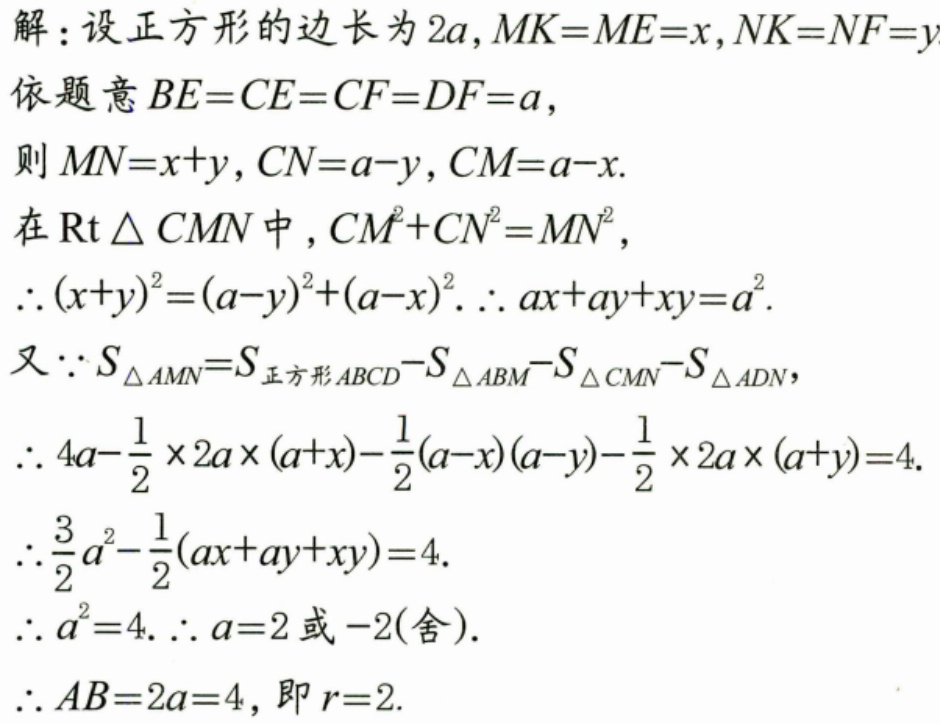
解：设正方形的边长为\(2a\)，\(MK = ME = x\)，\(NK = NF = y\)
依题意\(BE = CE = CF = DF = a\)，
则\(MN=x + y\)，\(CN=a - y\)，\(CM=a - x\).
在\(\text{Rt}\triangle CMN\)中，\(CM^{2}+CN^{2}=MN^{2}\)，
\(\therefore(x + y)^{2}=(a - y)^{2}+(a - x)^{2}\). \(\therefore ax+ay + xy=a^{2}\).
又\(\because S_{\triangle AMN}=S_{正方形ABCD}-S_{\triangle ABM}-S_{\triangle CMN}-S_{\triangle ADN}\)，
\(\therefore 4a-\frac{1}{2}\times2a\times(a + x)-\frac{1}{2}(a - x)(a - y)-\frac{1}{2}\times2a\times(a + y)=4\).
\(\therefore\frac{3}{2}a^{2}-\frac{1}{2}(ax + ay+xy)=4\).
\(\therefore a^{2}=4\). \(\therefore a = 2\)或\(-2(\text{舍})\).
\(\therefore AB = 2a = 4\)，即\(r = 2\).